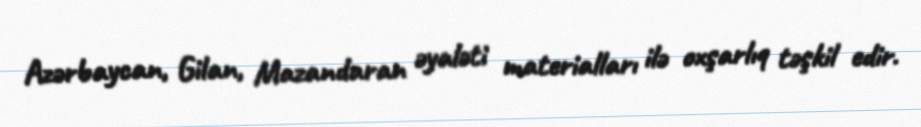
Azərbaycan, Gilan, Mazandaran əyaləti materialları ilə oxşarlıq təşkil edir.